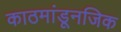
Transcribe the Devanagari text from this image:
काठमांडूनजिक